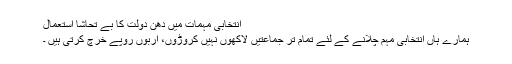
انتخابی مہمات میں دھن دولت کا بے تحاشا استعمال
ہمارے ہاں انتخابی مہم چلانے کے لئے تمام تر جماعتیں لاکھوں نہیں کروڑوں، اربوں روپے خرچ کرتی ہیں ۔